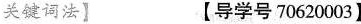
关键词法】 【导学号 70620003】